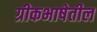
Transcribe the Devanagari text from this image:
ग्रीकभाषेतील